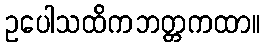
ဥပေါသထိကဘတ္တကထာ။